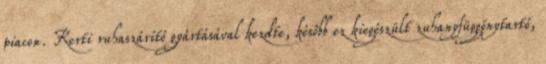
piacon. Kerti ruhaszárító gyártásával kezdte, késôbb ez kiegészült zuhanyfüggönytartó,